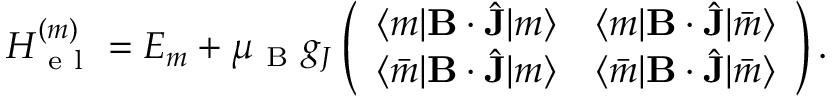
H _ { \mathrm { ~ e ~ l ~ } } ^ { ( m ) } = E _ { m } + \mu _ { \mathrm { ~ B ~ } } g _ { J } \left( \begin{array} { c c } { \langle m | \mathbf { B } \cdot \hat { \mathbf { J } } | m \rangle } & { \langle m | \mathbf { B } \cdot \hat { \mathbf { J } } | \bar { m } \rangle } \\ { \langle \bar { m } | \mathbf { B } \cdot \hat { \mathbf { J } } | m \rangle } & { \langle \bar { m } | \mathbf { B } \cdot \hat { \mathbf { J } } | \bar { m } \rangle } \end{array} \right) .